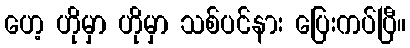
ဟေ့ ဟိုမှာ ဟိုမှာ သစ်ပင်နား ပြေးကပ်ပြီ။